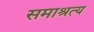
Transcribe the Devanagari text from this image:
समाश्रत्य